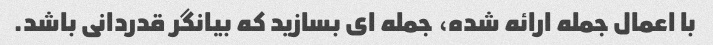
با اعمال جمله ارائه شده، جمله ای بسازید که بیانگر قدردانی باشد.